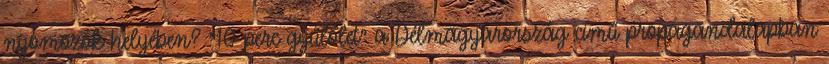
nyomozók helyében? "10 perc gyűlölet" a Délmagyarország című propagandalapban